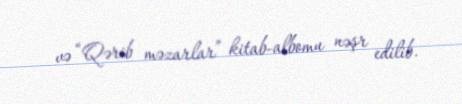
və “Qərib məzarlar” kitab-albomu nəşr edilib.